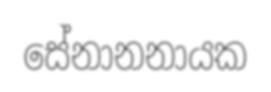
සේනානනායක